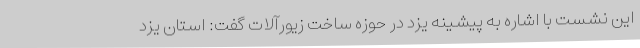
این نشست با اشاره به پیشینه یزد در حوزه ساخت زیورآلات گفت: استان یزد